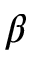
\beta